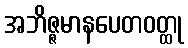
အဘိဇ္ဇမာနပေတဝတ္ထု